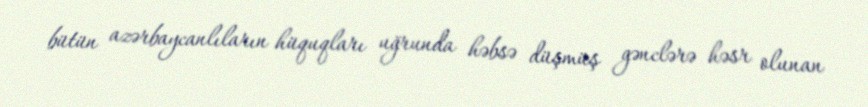
bütün azərbaycanlıların hüquqları uğrunda həbsə düşmüş gənclərə həsr olunan